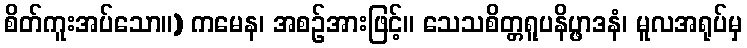
စိတ်ကူးအပ်သော။) ကမေန၊ အစဉ်အားဖြင့်။ သေသစိတ္တရူပနိပ္ဖာဒနံ၊ မူလအရုပ်မှ